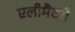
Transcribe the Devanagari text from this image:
एलीमैंटरी